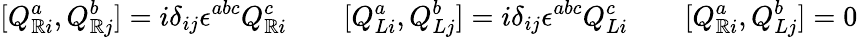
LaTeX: [Q_{\mathbb{R}i}^{a},Q_{\mathbb{R}j}^{b}]=i\delta_{ij}\epsilon^{abc}Q_{\mathbb{R}i}^{c}\qquad[Q_{Li}^{a},Q_{Lj}^{b}]=i\delta_{ij}\epsilon^{abc}Q_{Li}^{c}\qquad[Q_{\mathbb{R}i}^{a},Q_{Lj}^{b}]=0